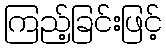
ကြည့်ခြင်းဖြင့်